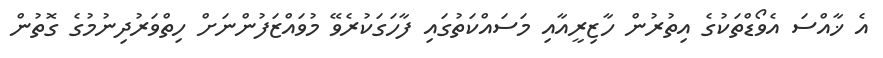
އެ ޚާއްސަ އެވޯޑްތަކުގެ އިތުރުން ހާޒިރީއާއި މަސައްކަތުގައި ފާހަގަކުރެވޭ މުވައްޒަފުންނަށް ހިތްވަރުދިނުމުގެ ގޮތުން